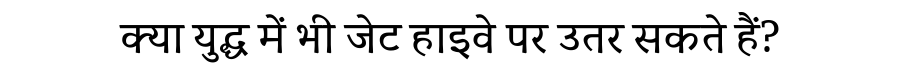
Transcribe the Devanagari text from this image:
क्या युद्ध में भी जेट हाइवे पर उतर सकते हैं?